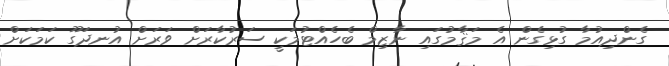
ގެންދިއުމާ ގުޅިގެން އެ މަޤާމުގައި ނާޒިމް ބެހެއްޓުމަކީ ސަރުކާރަށް ވަރަށް އުނދަގޫ ކަމަކަށް